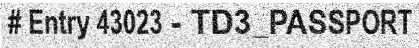
# Entry 43023 - TD3_PASSPORT